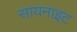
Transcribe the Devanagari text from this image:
सायनाइट